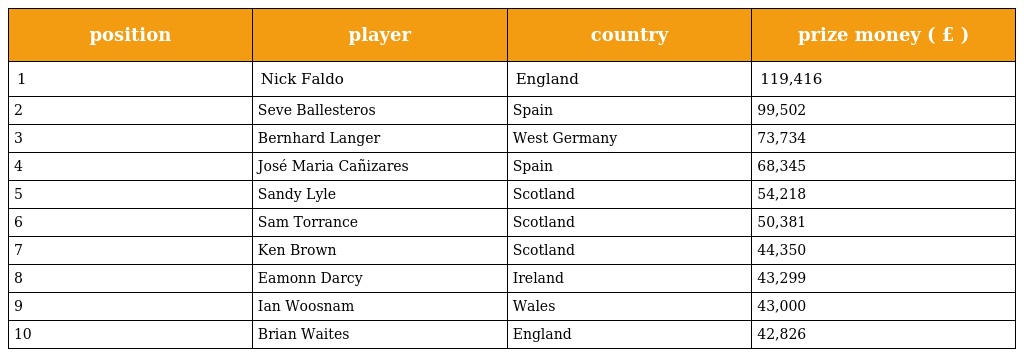
| position | player | country | prize money ( £ ) |
 | --- | --- | --- | --- |
 | 1 | Nick Faldo | England | 119,416 |
 | 2 | Seve Ballesteros | Spain | 99,502 |
 | 3 | Bernhard Langer | West Germany | 73,734 |
 | 4 | José Maria Cañizares | Spain | 68,345 |
 | 5 | Sandy Lyle | Scotland | 54,218 |
 | 6 | Sam Torrance | Scotland | 50,381 |
 | 7 | Ken Brown | Scotland | 44,350 |
 | 8 | Eamonn Darcy | Ireland | 43,299 |
 | 9 | Ian Woosnam | Wales | 43,000 |
 | 10 | Brian Waites | England | 42,826 |